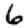
Digit: 6